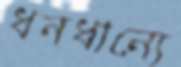
ধনধান্যে